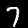
Digit: 7